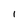
Character: I